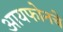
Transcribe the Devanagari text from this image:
आयफोनचे